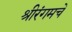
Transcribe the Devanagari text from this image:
श्रीरंगमचे